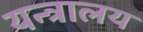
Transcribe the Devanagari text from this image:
यन्त्रालय